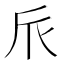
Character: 𠂢